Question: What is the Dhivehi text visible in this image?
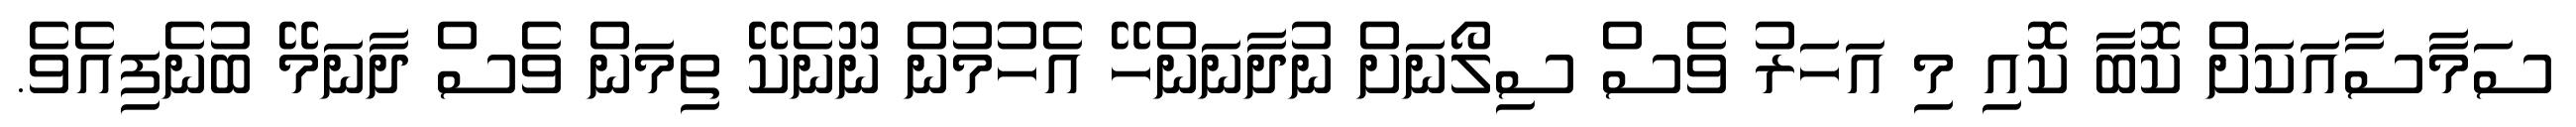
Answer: ސަމާސާއަކަށް ކޮބާ ކޮއި މި އަހަރު ވެސް ސިލޯނަށް ނުދާނަންހޭ އެހުމުން ނޫނެކޭ ތިމަން ވެސް ދާނަމޭ ބުނެފިއެވެ.